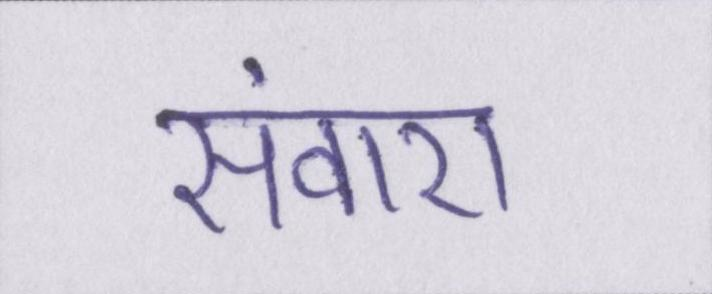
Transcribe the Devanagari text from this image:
संवारा